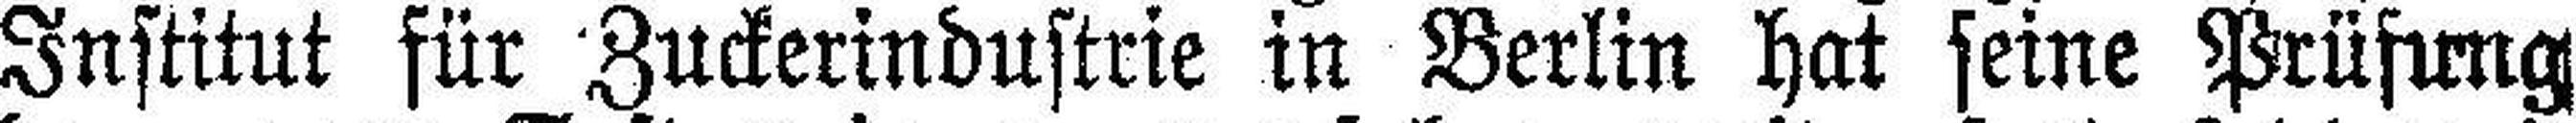
Institut für Zuckerindustrie in Berlin hat seine Prüfung